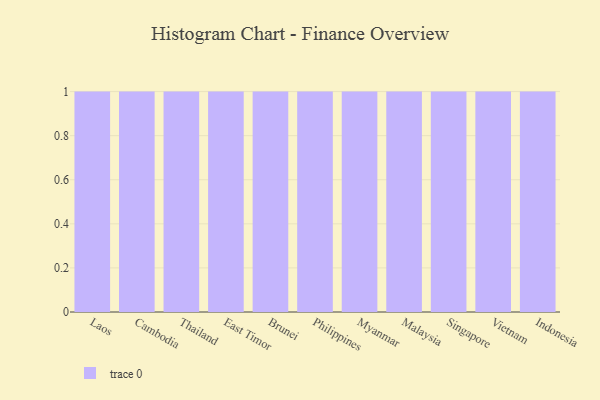
{"axis": {"x": "Country", "y": "Page Views"}, "legend": [""], "data": [{"x": "Laos", "y": 8, "type": ""}, {"x": "Cambodia", "y": 49, "type": ""}, {"x": "Thailand", "y": 9, "type": ""}, {"x": "East Timor", "y": 82, "type": ""}, {"x": "Brunei", "y": 36, "type": ""}, {"x": "Philippines", "y": 62, "type": ""}, {"x": "Myanmar", "y": 36, "type": ""}, {"x": "Malaysia", "y": 37, "type": ""}, {"x": "Singapore", "y": 73, "type": ""}, {"x": "Vietnam", "y": 4, "type": ""}, {"x": "Indonesia", "y": 63, "type": ""}]}